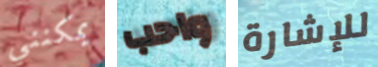
يمكنني واحب للإشارة